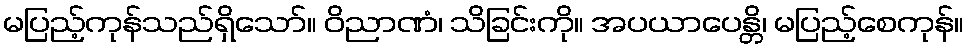
မပြည့်ကုန်သည်ရှိသော်။ ဝိညာဏံ၊ သိခြင်းကို။ အပယာပေန္တိ၊ မပြည့်စေကုန်။